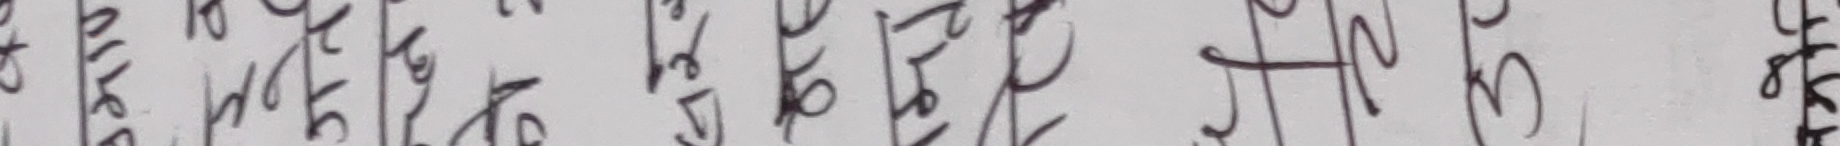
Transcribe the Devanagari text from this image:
होईन